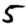
Digit: 5